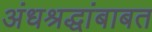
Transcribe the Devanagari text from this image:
अंधश्रद्धांबाबत